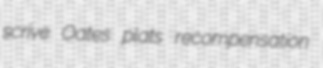
scrive Oates plats recompensation